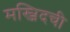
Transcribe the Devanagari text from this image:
मस्जिदची